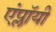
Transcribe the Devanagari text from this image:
एंप्लॉयी